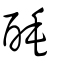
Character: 酕